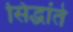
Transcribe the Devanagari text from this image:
सिद्धांते